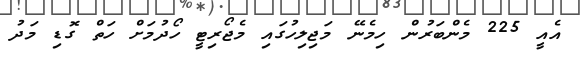
އެއީ 225 މެންބަރުން ހިމެނޭ މަޖިލިހުގައި މެޖޯރިޓީ ހޯދުމަށް ހަތް ގޮޑި މަދު